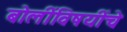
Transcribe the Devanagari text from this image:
बोलींविषयींचे